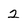
Character: 2